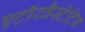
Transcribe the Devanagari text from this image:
एटॉरवैस्टेटिन